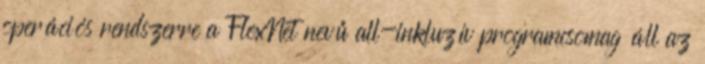
operációs rendszerre a FlexNet nevű all-inkluzív programcsomag áll az